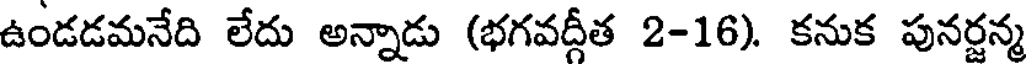
ఉండడమనేది లేదు అన్నాడు (భగవద్గీత 2-16). కనుక పునర్జన్మ